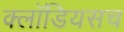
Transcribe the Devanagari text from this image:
क्लॉडियसच